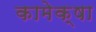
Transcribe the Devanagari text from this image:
कामेक्षा